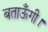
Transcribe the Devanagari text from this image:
बताऊँगी।